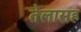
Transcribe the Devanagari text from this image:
तेलासह